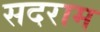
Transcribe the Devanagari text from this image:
सदराम